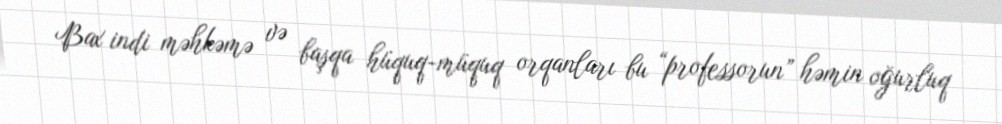
Bax indi məhkəmə və başqa hüquq-müquq orqanları bu “professorun” həmin oğurluq